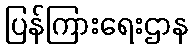
ပြန်ကြားရေးဌာန